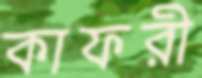
কাফরী